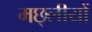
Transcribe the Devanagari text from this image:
मछ्लीयों